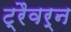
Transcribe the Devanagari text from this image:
ट्रैवर्न